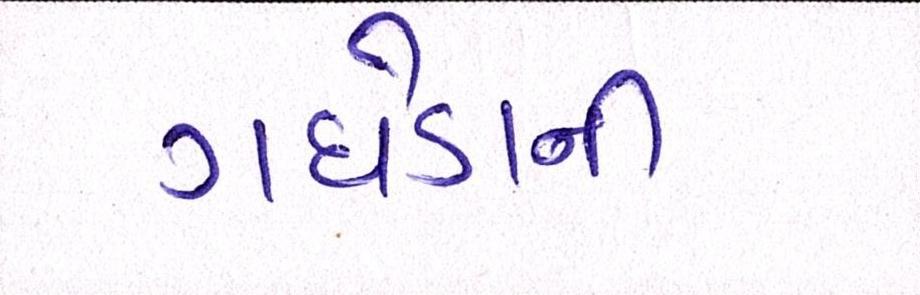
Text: ગધેડાની